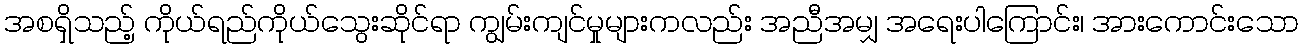
အစရှိသည့် ကိုယ်ရည်ကိုယ်သွေးဆိုင်ရာ ကျွမ်းကျင်မှုများကလည်း အညီအမျှ အရေးပါကြောင်း၊ အားကောင်းသော